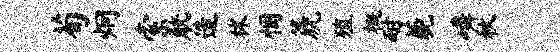
荀炯索觥造秫悃篪殖概耐藐嶙秋